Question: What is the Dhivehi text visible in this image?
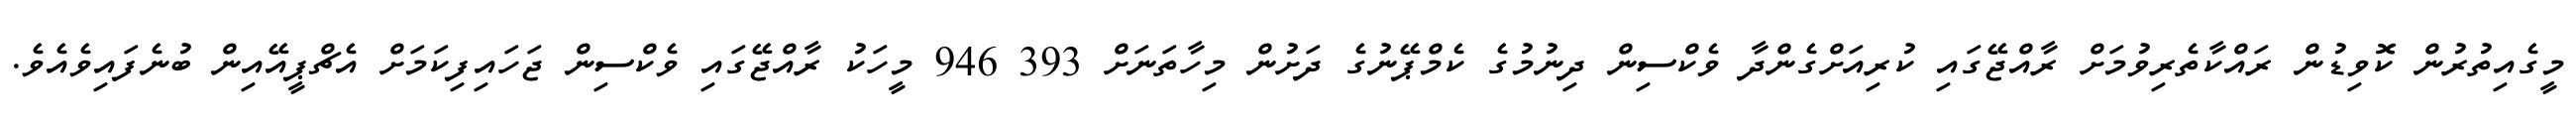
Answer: މީގެއިތުރުން ކޮވިޑުން ރައްކާތެރިވުމަށް ރާއްޖޭގައި ކުރިއަށްގެންދާ ވެކްސިން ދިނުމުގެ ކެމްޕޭނުގެ ދަށުން މިހާތަނަށް 393 946 މީހަކު ރާއްޖޭގައި ވެކްސިން ޖަހައިފިކަމަށް އެޗްޕީއޭއިން ބުނެފައިވެއެވެ.